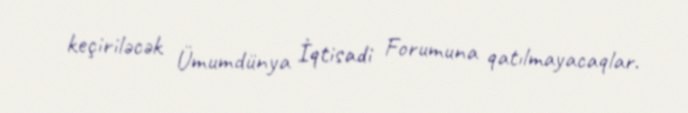
keçiriləcək Ümumdünya İqtisadi Forumuna qatılmayacaqlar.